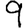
Digit: 9